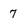
Character: 7